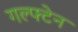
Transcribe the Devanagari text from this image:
गल्फ्टेन